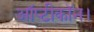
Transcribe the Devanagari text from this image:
ऑप्टीकॉन।